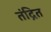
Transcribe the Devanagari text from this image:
तंद्रित